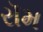
રૉમ